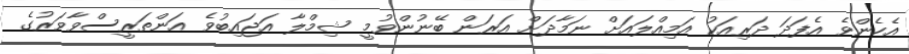
އެހެންވެ އެފަދަ ދަރިއަކު އަމިއްލައަށް ނަމާދަށް އަރަން ބޭނުންވުމީ ޝިމްލާ އަޖައިބުވެ އަންތަރީސްވާވަރުގެ